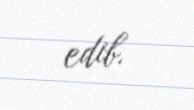
edib.